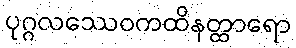
ပုဂ္ဂလဿေဝကထိနတ္ထာရော